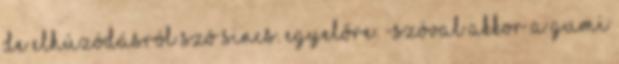
de elhúzódásról szó sincs. egyelőre. -Szóval akkor a gumi